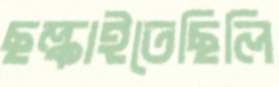
ছল্‌কাইতেছিলি